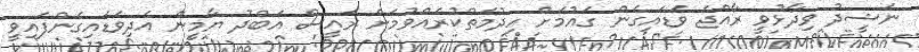
ނަޝީދު ވިދާޅުވީ ރާއްޖެ ވަޑައިގެން ގައުމަށް ހިދުމަތްކުރެއްވުމަށް ރައީސް އަބްދު ޔާމީން އެދިވަޑައިގެންފައިވީ